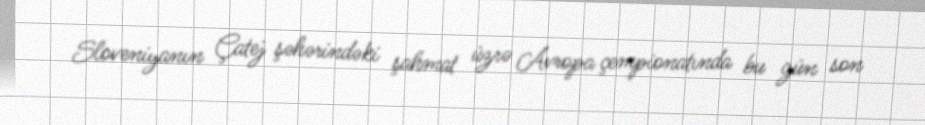
Sloveniyanın Çatej şəhərindəki şahmat üzrə Avropa çempionatında bu gün son